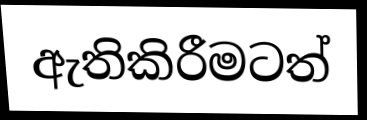
ඇතිකිරීමටත්